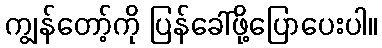
ကျွန်တော့်ကို ပြန်ခေါ်ဖို့ပြောပေးပါ။